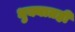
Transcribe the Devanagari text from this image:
धुक्यातही